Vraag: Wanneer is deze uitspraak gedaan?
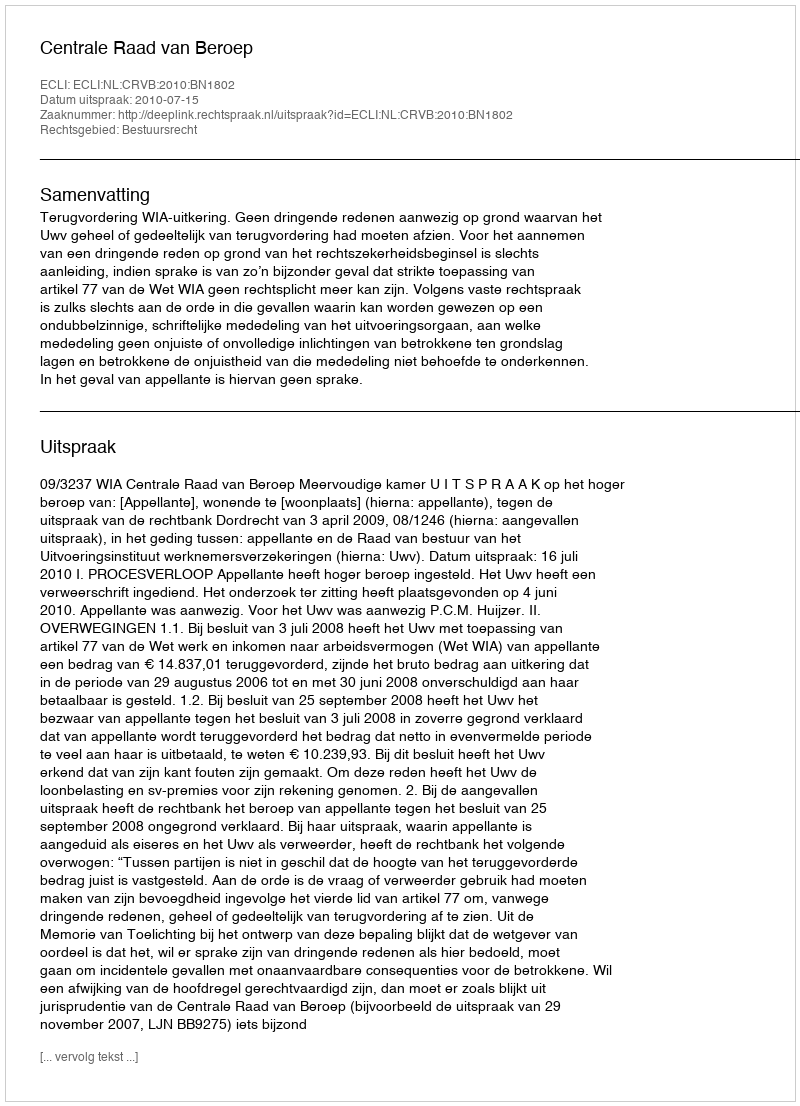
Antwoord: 2010-07-15